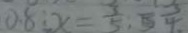
0 . 8 : x = \frac { 3 } { 5 } , 5 \frac { 3 } { 4 }